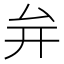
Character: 𭆚